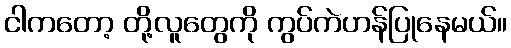
ငါကတော့ တို့လူတွေကို ကွပ်ကဲဟန်ပြုနေမယ်။